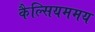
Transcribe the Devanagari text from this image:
कैल्सियममय